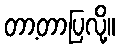
တာ့တာပြလို့။